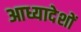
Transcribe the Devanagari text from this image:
आध्यादेशों